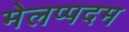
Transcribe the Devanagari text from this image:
मेलप्पदम